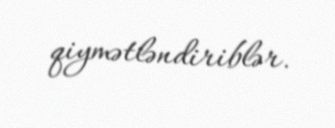
qiymətləndiriblər.